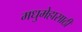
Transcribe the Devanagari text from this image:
मधुमेहासाठी